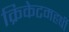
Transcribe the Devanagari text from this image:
क्रिकेटमहर्षी